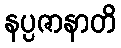
နပ္ပဇာနာတိ